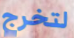
لتخرج